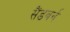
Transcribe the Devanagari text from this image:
सैंडबर्न